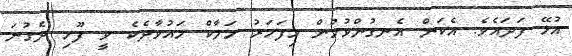
އުޅޭ ފަދައެވެ. އެކަން އެނގުންވުމުން މިފަހަރު މަލާކް މައުވާދެކެ ވީ ފޫހި ދެގުނަ